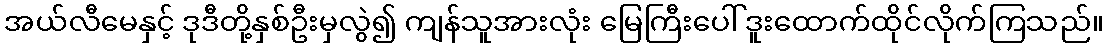
အယ်လီမေနှင့် ဒုဒီတို့နှစ်ဦးမှလွဲ၍ ကျန်သူအားလုံး မြေကြီးပေါ် ဒူးထောက်ထိုင်လိုက်ကြသည်။